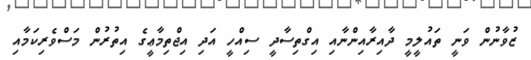
ޒުވާނުން ވަނީ ތައުލީމީ ދާއިރާއިންނާއި އިގްތިސާދީ ސިއްހީ އަދި އިޖްތިމާޢީގެ އިތުރުން މަސްވެރިކަމާއި